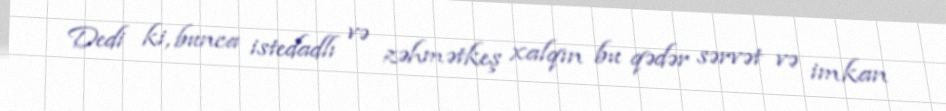
Dedi ki, bunca istedadlı və zəhmətkeş xalqın bu qədər sərvət və imkan